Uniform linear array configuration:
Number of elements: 16
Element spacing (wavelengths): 0.25
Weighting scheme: hann
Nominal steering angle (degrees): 15
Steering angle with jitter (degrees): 15.839
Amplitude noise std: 0.05
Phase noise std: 0.05

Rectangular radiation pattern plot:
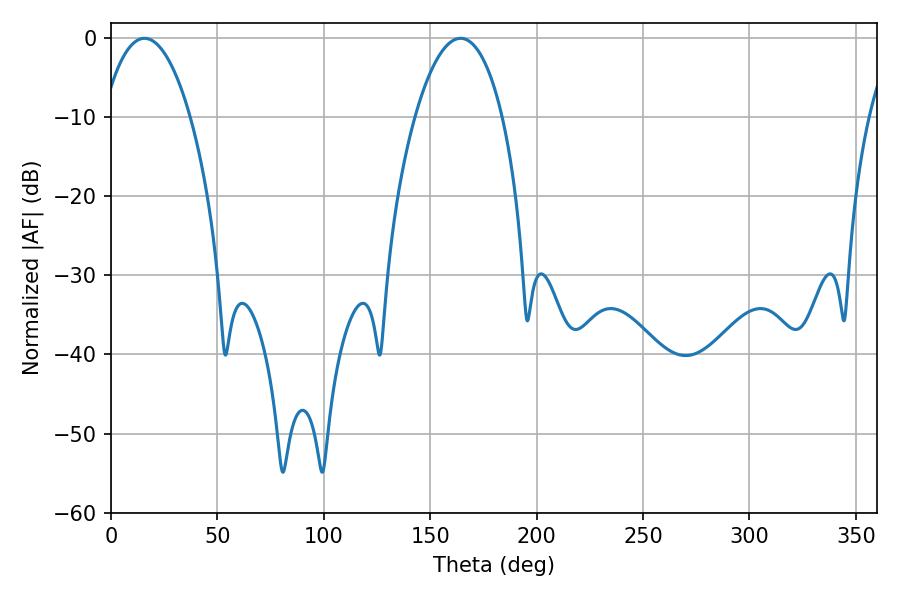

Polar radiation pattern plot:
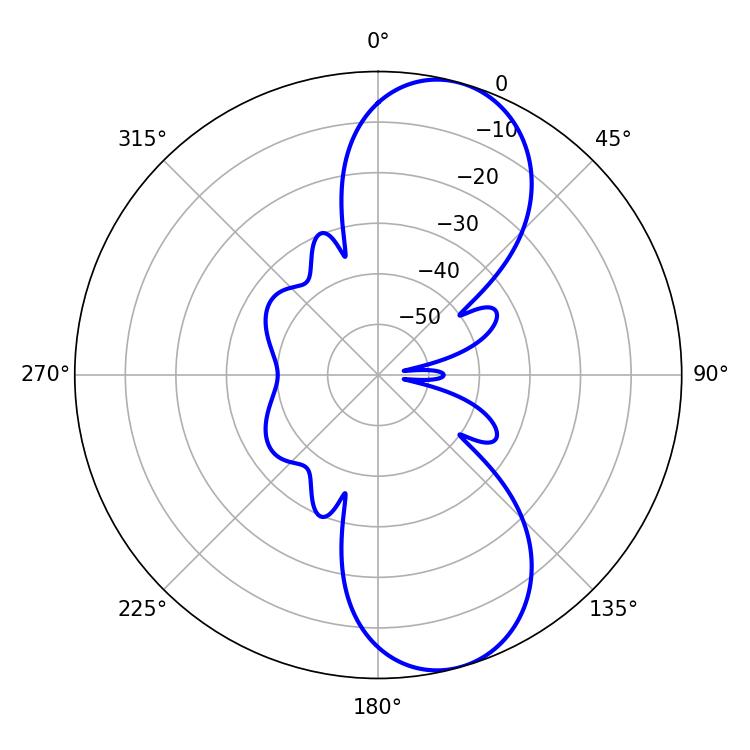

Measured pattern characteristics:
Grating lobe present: FALSE
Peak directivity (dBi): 9.305
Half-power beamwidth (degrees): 23.04
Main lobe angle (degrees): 15.66